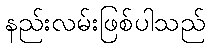
နည်းလမ်းဖြစ်ပါသည်